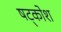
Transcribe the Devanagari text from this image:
षट्कोश